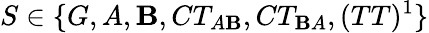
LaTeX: S\in\{ G,A,\mathbf{B},CT_{A\mathbf{B}},CT_{\mathbf{B}A},(TT)^{1}\}